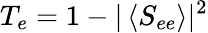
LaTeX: T_{e}=1-\vert\left\langle{S_{ee}}\right\rangle\vert^{2}